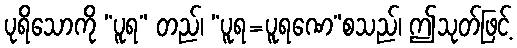
ပုရိသောကို “ပူရ” တည်၊ “ပူရ=ပူရဏေ”စသည်၊ ဤသုတ်ဖြင့်